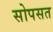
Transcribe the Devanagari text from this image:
सोपसत